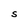
Character: S